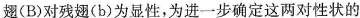
翅(B)对残翅(b)为显性，为进一步确定这两对性状的